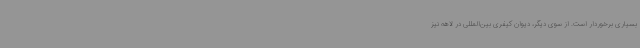
بسیاری برخوردار است. از سوی دیگر، دیوان کیفری بین‌المللی در لاهه نیز